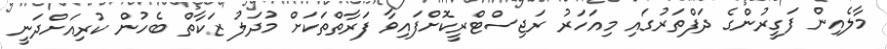
މާލެއިން ފަގީރުންގެ ދަފްތަރުގައި މިއަހަރު ރަޖިސްޓްރީކޮށްފައިވާ ފަރާތްތަކަށް މުދަލު ޒަކާތް ބެހުން ކުރިއަށްދަނީ